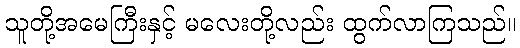
သူတို့အမေကြီးနှင့် မလေးတို့လည်း ထွက်လာကြသည်။